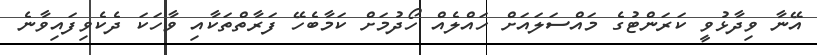
އޭނާ ވިދާޅުވީ ކަރަންޓުގެ މައްސަލައަށް ހައްލެއް ހޯދުމަށް ކަމާބެހޭ ފަރާތްތަކާއި ވާހަކަ ދެކެވިފައިވާނެ